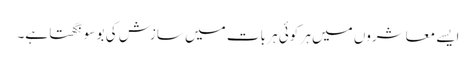
ایسے معاشروں میں ہر کوئی ہر بات میں سازش کی بو سونگھتا ہے۔